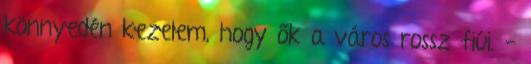
könnyedén kezelem, hogy ők a város rossz fiúi. -